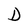
Character: D